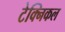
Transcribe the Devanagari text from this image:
टेक्‍निकल